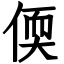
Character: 偄